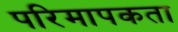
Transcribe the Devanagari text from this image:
परिमापकता